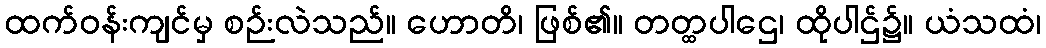
ထက်ဝန်းကျင်မှ စဉ်းလဲသည်။ ဟောတိ၊ ဖြစ်၏။ တတ္ထပါဌေ၊ ထိုပါဌ်၌။ ယံသထံ၊